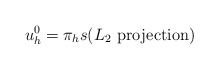
\begin{align*} u_h^0=\pi_h s (L_2\,\, {\rm projection})\end{align*}